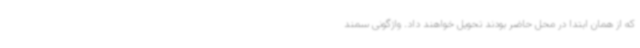
که از همان ابتدا در محل حاضر بودند تحویل خواهند داد. واژگونی سمند